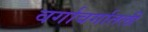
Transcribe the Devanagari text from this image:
वर्गावर्गातली